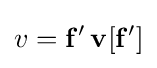
v=\mathbf {f'} \,\mathbf {v} [\mathbf {f'} ]